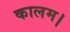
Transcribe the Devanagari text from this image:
कालम।